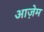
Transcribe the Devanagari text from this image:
आज़ेम